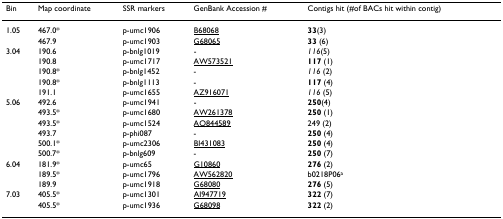
<table><thead><tr><td><b>Bin</b></td><td><b>Map coordinate</b></td><td><b>SSR markers</b></td><td><b>GenBank Accession #</b></td><td><b>Contigs hit (#of BACs hit within contig)</b></td></tr></thead><tbody><tr><td>1.05</td><td>467.0*</td><td>p-umc1906</td><td>B68068</td><td><b>33</b>(3)</td></tr><tr><td></td><td>467.9</td><td>p-umc1903</td><td>G68065</td><td><b>33 </b>(6)</td></tr><tr><td>3.04</td><td>190.6</td><td>p-bnlg1019</td><td>-</td><td><i>116</i>(5)</td></tr><tr><td></td><td>190.8</td><td>p-umc1717</td><td>AW573521</td><td><b>117 </b>(1)</td></tr><tr><td></td><td>190.8*</td><td>p-bnlg1452</td><td>-</td><td><i>116 </i>(2)</td></tr><tr><td></td><td>190.8*</td><td>p-bnlg1113</td><td>-</td><td><b>117 </b>(4)</td></tr><tr><td></td><td>191.1</td><td>p-umc1655</td><td>AZ916071</td><td><i>116 </i>(5)</td></tr><tr><td>5.06</td><td>492.6</td><td>p-umc1941</td><td>-</td><td><b>250</b>(4)</td></tr><tr><td></td><td>493.5*</td><td>p-umc1680</td><td>AW261378</td><td><b>250 </b>(1)</td></tr><tr><td></td><td>493.5*</td><td>p-umc1524</td><td>AQ844589</td><td>249 (2)</td></tr><tr><td></td><td>493.7</td><td>p-phi087</td><td>-</td><td><b>250 </b>(4)</td></tr><tr><td></td><td>500.1*</td><td>p-umc2306</td><td>BI431083</td><td><b>250 </b>(4)</td></tr><tr><td></td><td>500.7*</td><td>p-bnlg609</td><td>-</td><td><b>250 </b>(7)</td></tr><tr><td>6.04</td><td>181.9*</td><td>p-umc65</td><td>G10860</td><td><b>276 </b>(2)</td></tr><tr><td></td><td>189.5*</td><td>p-umc1796</td><td>AW562820</td><td>b0218P06<sup>a</sup></td></tr><tr><td></td><td>189.9</td><td>p-umc1918</td><td>G68080</td><td><b>276 </b>(5)</td></tr><tr><td>7.03</td><td>405.5*</td><td>p-umc1301</td><td>AI947719</td><td><b>322 </b>(7)</td></tr><tr><td></td><td>405.5*</td><td>p-umc1936</td><td>G68098</td><td><b>322 </b>(2)</td></tr></tbody></table>